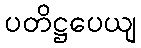
ပတိဋ္ဌပေယျ